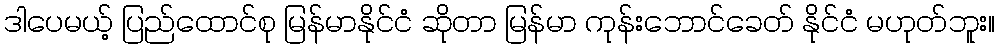
ဒါပေမယ့် ပြည်ထောင်စု မြန်မာနိုင်ငံ ဆိုတာ မြန်မာ ကုန်းဘောင်ခေတ် နိုင်ငံ မဟုတ်ဘူး။